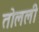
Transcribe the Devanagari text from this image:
तोलली